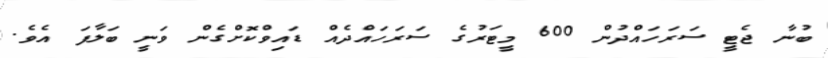
ބުނާ ޖެޓީ ސަރަހައްދުން 600 މީޓަރުގެ ސަރަހައްދެއް ޑައިވްކޮށްގެން ވަނީ ބަލާފަ އެވެ.